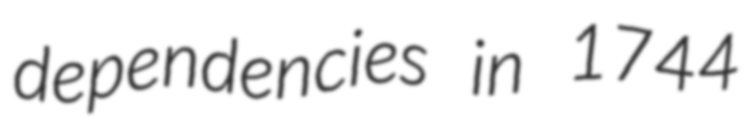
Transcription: dependencies in 1744